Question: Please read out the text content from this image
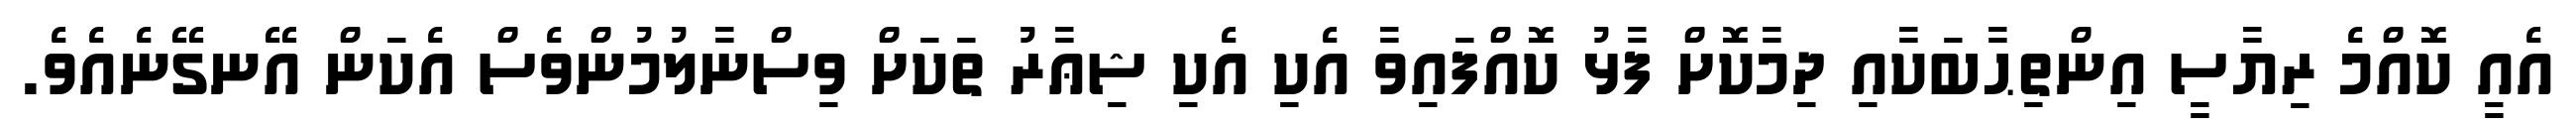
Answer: އެއީ ކޮއްމެ ރިޔާސީ އިންތިޙާބަކާއި ދިމާކޮށް ފާޅު ކޮއްފައިވާ އެކި އެކި ޝިޢާރު ތަކަށް ވިސްނާލުމުންވެސް އެކަން އޭނގޭނެއެވެ.